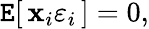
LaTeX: \operatorname{\mathtt{E}}[\, \mathbf{{x}}_{i}\varepsilon_{i}\, ]=0,